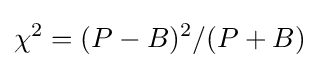
\chi ^{2}=(P-B)^{2}/(P+B)